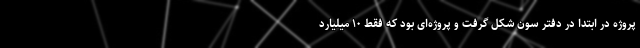
پروژه در ابتدا در دفتر سون شکل گرفت و پروژه‌ای بود که فقط ١٠ میلیارد